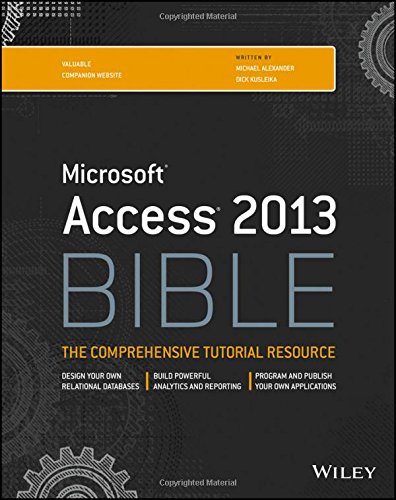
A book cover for Access 2013 Bible; Michael Alexander; Computers & Technology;